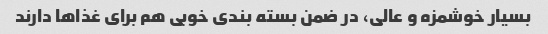
بسیار خوشمزه و عالی، در ضمن بسته بندی خوبی هم برای غذا‌ها دارند